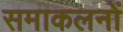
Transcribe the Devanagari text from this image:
समाकलनों